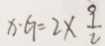
x \cdot G = 2 \times \frac { 9 } { 2 }